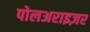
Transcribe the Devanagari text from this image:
पोलअराइज़र